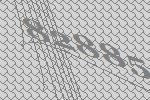
82885